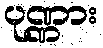
ပုဏ္ဏား